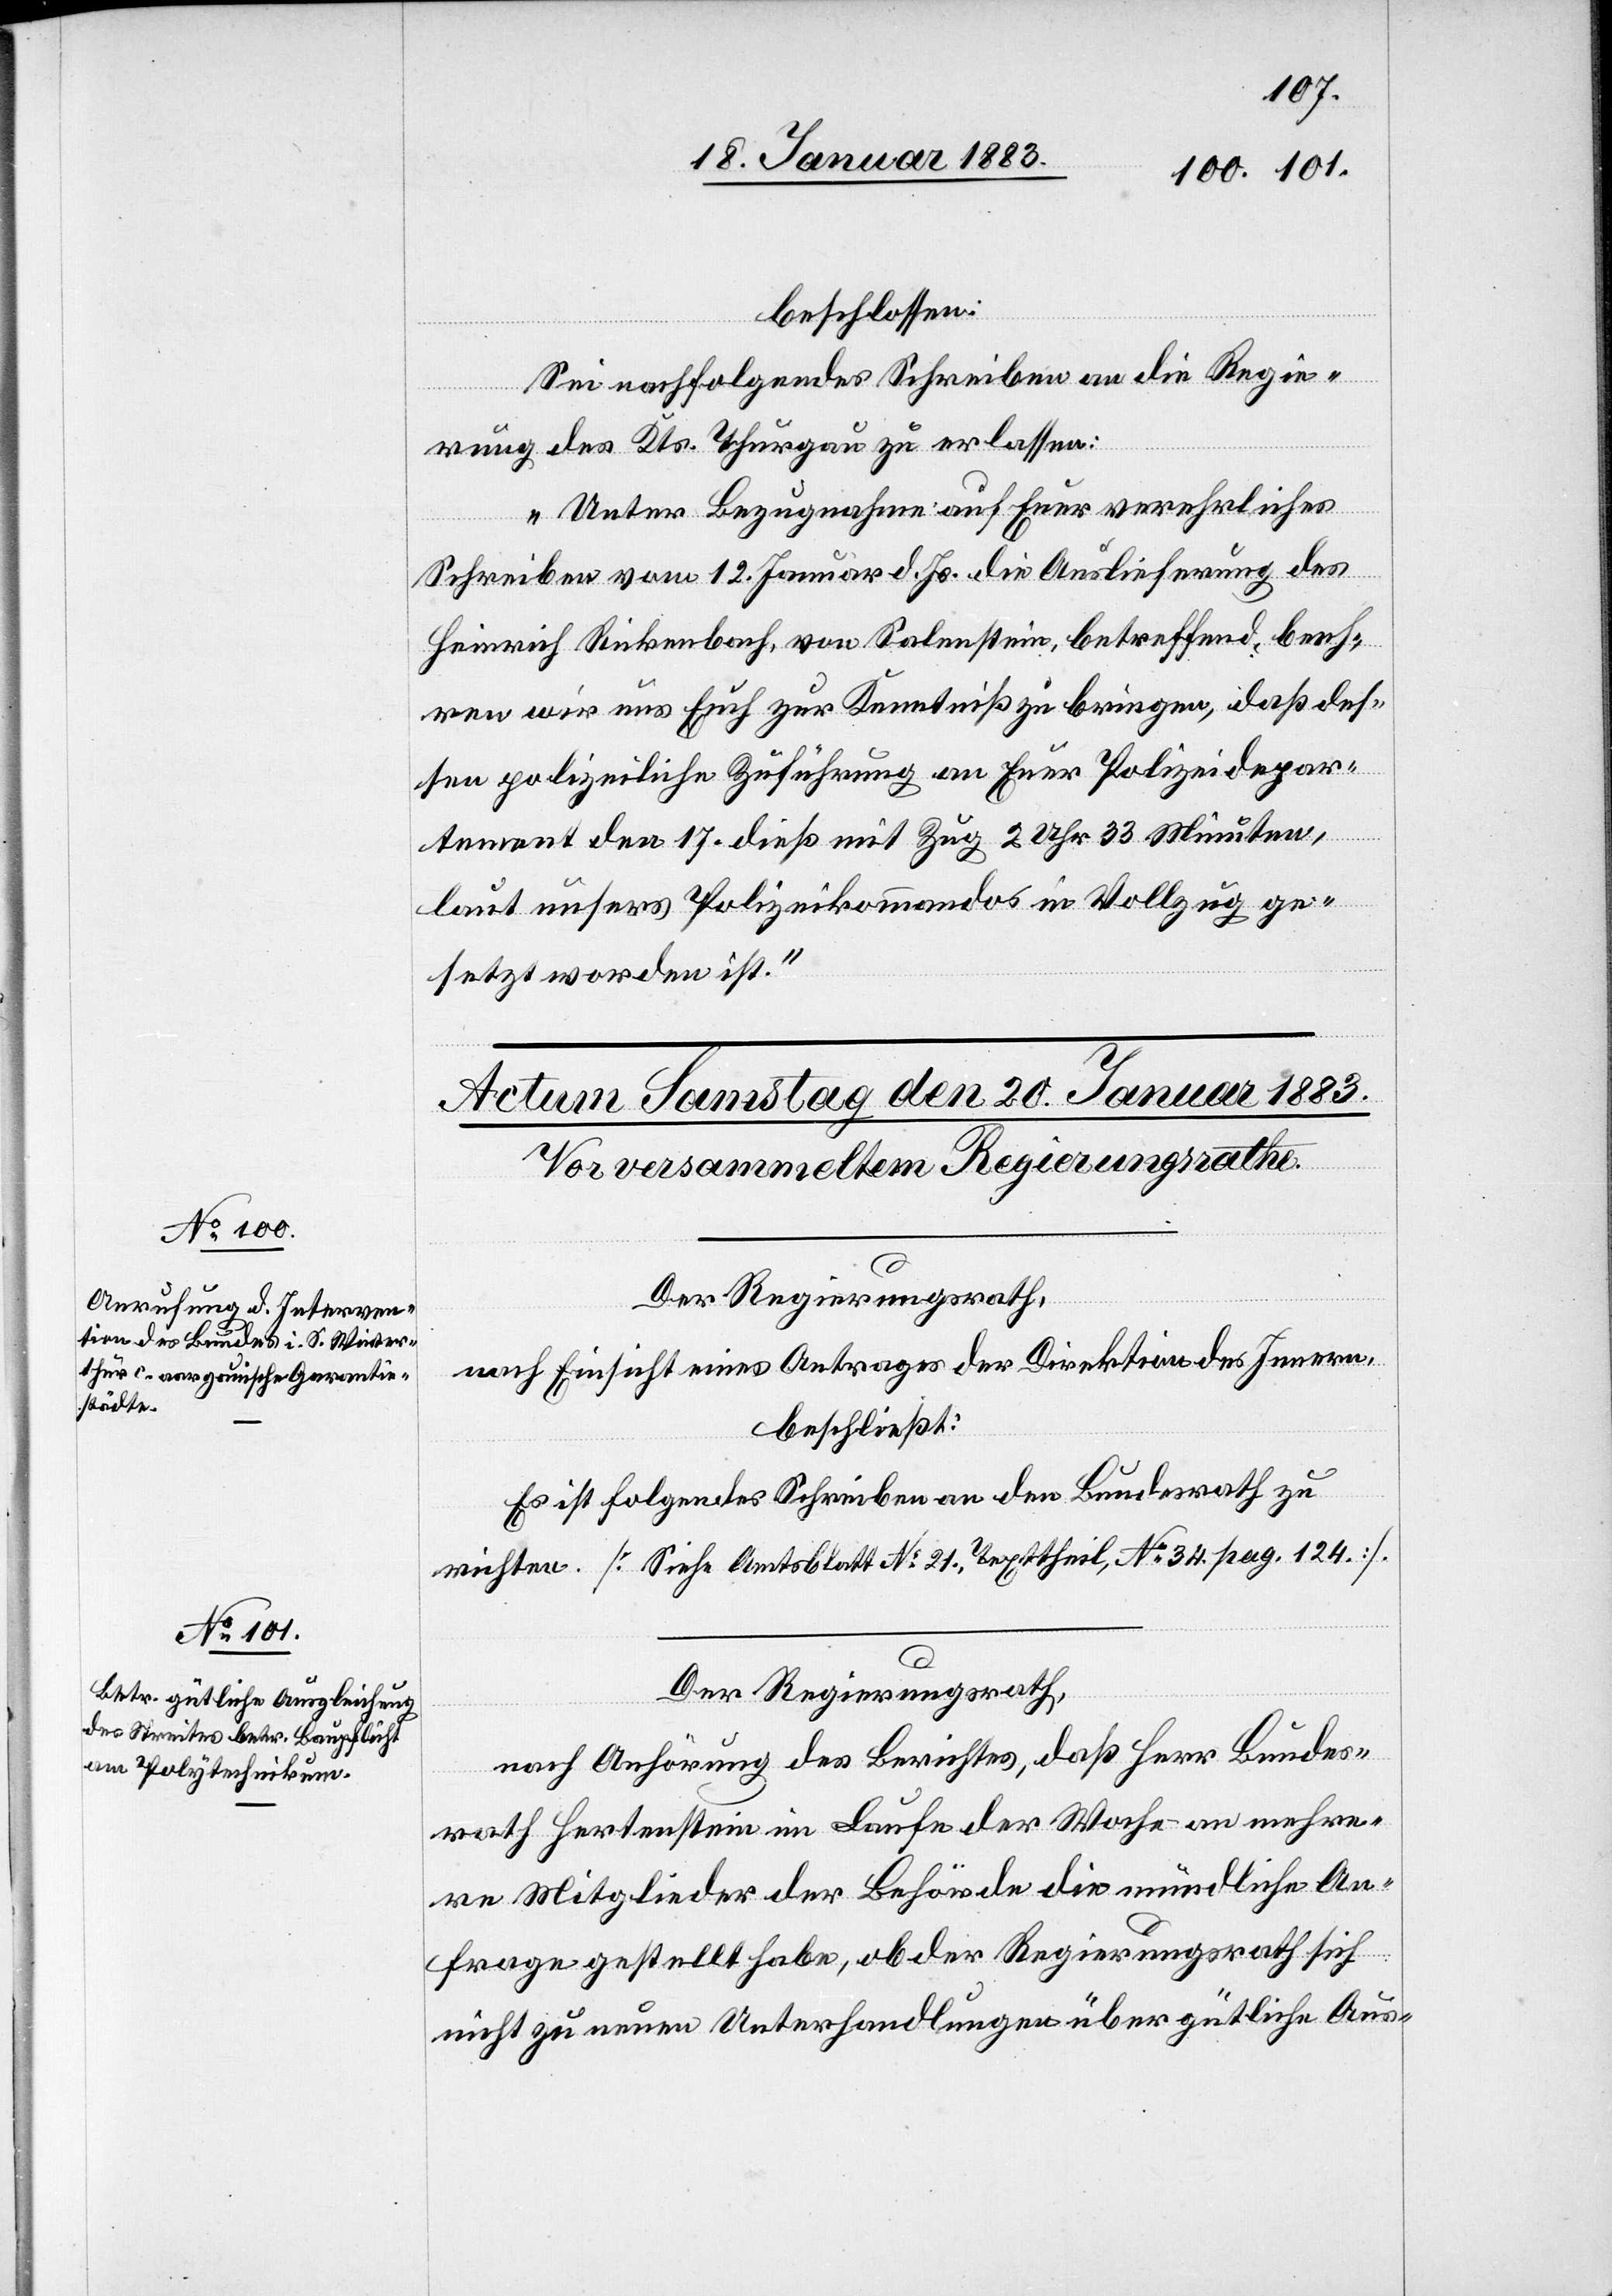
beschlossen:
Sei nachfolgendes Schreiben an die Regie¬
rung des Kts. Thurgau zu erlassen:
„Unter Bezugnahme auf Euer verehrliches
Schreiben vom 12. Januar d. Js. die Auslieferung des
Heinrich Rickenbach, von Salenstein, betreffend, beeh¬
ren wir uns Euch zur Kenntniß zu bringen, daß des¬
sen polizeiliche Zuführung an Euer Polizeidepar¬
tement den 17. dieß mit Zug 2 Uhr 33 Minuten,
laut unsers Polizeikommandos in Vollzug ge¬
setzt worden ist.“
Der Regierungsrath,
nach Einsicht eines Antrages der Direktion des Innern,
beschließt:
Es ist folgendes Schreiben an den Bundesrath zu
richten. [Siehe Amtsblatt No 21., Texttheil, No 34. pag. 124.].
Der Regierungsrath,
nach Anhörung des Berichtes, daß Herr Bundes¬
rath Hertenstein im Laufe der Woche an mehre¬
re Mitglieder der Behörde die mündliche An¬
frage gestellt habe, ob der Regierungsrath sich
nicht zu neuen Verhandlungen über gütliche Aus-